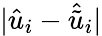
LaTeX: |\hat{u}_{i}-\hat{\tilde{u}}_{i}|